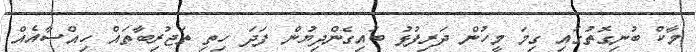
މާކް ބުނިގޮތުގައި ގިމަ މީހުން ދަރިފުޅު ބައިގެންދިޔުން ފަދަ ހިތި ތަޖުރިބާތައް ހިއްސާއެއް